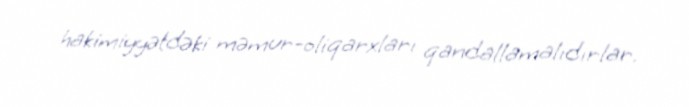
hakimiyyətdəki məmur-oliqarxları qandallamalıdırlar.